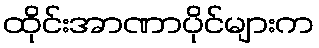
ထိုင်းအာဏာပိုင်များက